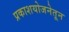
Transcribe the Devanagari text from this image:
प्रकाशयोजनेतून